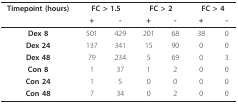
<table><thead><tr><td><b>Timepoint (hours)</b></td><td colspan="2"><b>FC &gt; 1.5</b></td><td colspan="2"><b>FC &gt; 2</b></td><td colspan="2"><b>FC &gt; 4</b></td></tr><tr><td></td><td><b>+</b></td><td><b>-</b></td><td><b>+</b></td><td><b>-</b></td><td><b>+</b></td><td><b>-</b></td></tr></thead><tbody><tr><td><b>Dex 8</b></td><td>501</td><td>429</td><td>201</td><td>68</td><td>38</td><td>0</td></tr><tr><td><b>Dex 24</b></td><td>137</td><td>341</td><td>15</td><td>90</td><td>0</td><td>0</td></tr><tr><td><b>Dex 48</b></td><td>79</td><td>234</td><td>5</td><td>69</td><td>0</td><td>3</td></tr><tr><td><b>Con 8</b></td><td>1</td><td>37</td><td>1</td><td>2</td><td>0</td><td>0</td></tr><tr><td><b>Con 24</b></td><td>1</td><td>5</td><td>0</td><td>0</td><td>0</td><td>0</td></tr><tr><td><b>Con 48</b></td><td>7</td><td>34</td><td>0</td><td>2</td><td>0</td><td>0</td></tr></tbody></table>